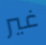
غير